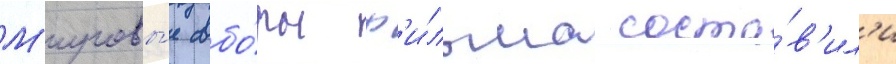
М'ировы́е сбо́ры ф'и́льма соста́в'ил'и